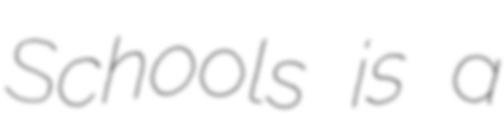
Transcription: Schools is a